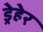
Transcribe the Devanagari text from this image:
ड्रेहेर